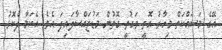
އޭގެ މަސައްކަތް މިހާރު އޮތީ ވަގުތީ ގޮތުން މަޑުޖައްސާލައިފަ އެވެ. އެކަމާ ދެކޮޅު